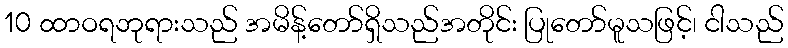
10 ထာဝရဘုရားသည် အမိန့်တော်ရှိသည်အတိုင်း ပြုတော်မူသဖြင့်၊ ငါသည်